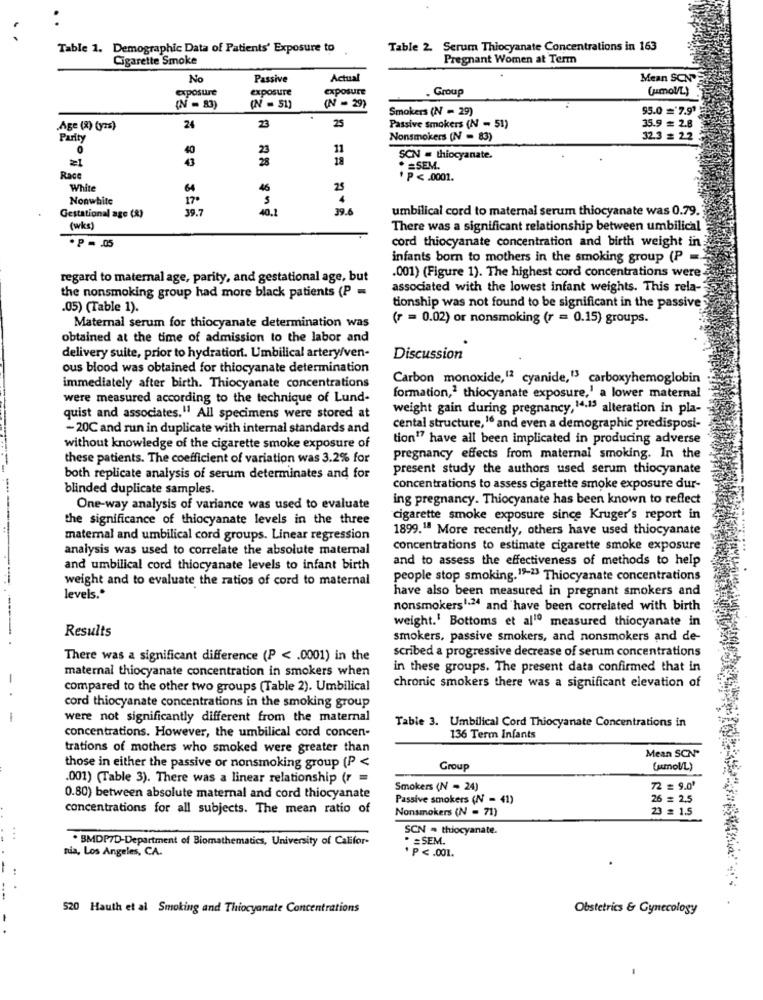
Table 1. Demographic Data of Patients' Exposure to
Table 2. Serum Thiocyanate Concentrations in 163
Cigarette Smoke
Pregnant Women at Term
No
Passive
Actual
Mean SCN"
exposure
exposure
exposure
Group
(mol/L)
(N = 51)
(N = 83)
(N = 29)
Smokers (N = 29)
95.0 ='7.91
23
25
Age (8) (yas)
24
Passive smokers (N - 51)
35.9 = 2.8
Parity
Nonsmokers (N = 83)
32.3 =
40
11
21
43
18
SCN = thiocyanate.
* = SEM.
Race
P < . 0001.
White
64
46
25
Nonwhite
39.7
40.1
39.6
umbilical cord to maternal serum thiocyanate was 0.79.
Gestational age (R)
(wks)
There was a significant relationship between umbilical
cord thiocyanate concentration and birth weight in
. P = . 05
infants born to mothers in the smoking group (P =
regard to maternal age, parity, and gestational age, but
.001) (Figure 1). The highest cord concentrations were.
associated with the lowest infant weights. This rela-
the nonsmoking group had more black patients (P =
tionship was not found to be significant in the passive
.05) (Table 1).
Maternal serum for thiocyanate determination was
(r = 0.02) or nonsmoking (r = 0.15) groups.
obtained at the time of admission to the labor and
delivery suite, prior to hydration. Umbilical artery/ven-
Discussion
ous blood was obtained for thiocyanate determination
Carbon monoxide,12 cyanide,"3 carboxyhemoglobin
immediately after birth. Thiocyanate concentrations
were measured according to the technique of Lund-
formation,1 thiocyanate exposure,' a lower maternal
weight gain during pregnancy, 14.15 alteration in pla-
quist and associates."1 All specimens were stored at
- 20C and run in duplicate with internal standards and
cental structure, 16 and even a demographic predisposi-
tion17 have all been implicated in producing adverse
without knowledge of the cigarette smoke exposure of
these patients. The coefficient of variation was 3.2% for
pregnancy effects from maternal smoking. In the
present study the authors used serum thiocyanate
both replicate analysis of serum determinates and for
blinded duplicate samples.
concentrations to assess cigarette smoke exposure dur-
ing pregnancy. Thiocyanate has been known to reflect
One-way analysis of variance was used to evaluate
the significance of thiocyanate levels in the three
cigarette smoke exposure since Kruger's report in
1899.1ª More recently, others have used thiocyanate
matemal and umbilical cord groups. Linear regression
analysis was used to correlate the absolute maternal
concentrations to estimate cigarette smoke exposure
and to assess the effectiveness of methods to help
and umbilical cord thiocyanate levels to infant birth
weight and to evaluate the ratios of cord to maternal
people stop smoking.19-13 Thiocyanate concentrations
have also been measured in pregnant smokers and
levels."
nonsmokers1.24 and have been correlated with birth
weight.' Bottoms et al10 measured thiocyanate in
Results
smokers, passive smokers, and nonsmokers and de-
scribed a progressive decrease of serum concentrations
There was a significant difference (P < . 0001) in the
maternal thiocyanate concentration in smokers when
in these groups. The present data confirmed that in
compared to the other two groups (Table 2). Umbilical
chronic smokers there was a significant elevation of
cord thiocyanate concentrations in the smoking group
-
were not significantly different from the maternal
Table 3. Umbilical Cord Thiocyanate Concentrations in
concentrations. However, the umbilical cord concen-
136 Term Infants
trations of mothers who smoked were greater than
Mean SCN"
those in either the passive or nonsmoking group (P <
Group
(mol/L)
.001) (Table 3). There was a linear relationship (r =
Smokers (N = 24)
72 = 9.0'
0.80) between absolute maternal and cord thiocyanate
Passive smokers (N = 41)
26 = 2,5
concentrations for all subjects. The mean ratio of
Nonsmokers (N = 71)
23 = 1.5
SCN = thiocyanate.
. BMDP7D-Department of Biomathematics, University of Califor-
. = SEM.
nia, Los Angeles, CA.
P <. 001.
...
---
520 Hauth et al Smoking and Thiocyanate Concentrations
Obstetrics & Gynecology